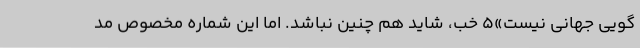
گویی جهانی نیست»۵ خب، شاید هم چنین نباشد. اما این شماره مخصوص مُد